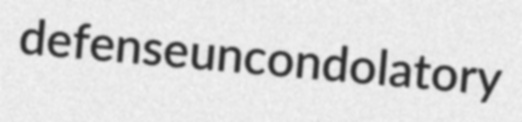
defense uncondolatory